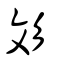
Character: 彣